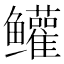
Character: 𬶺